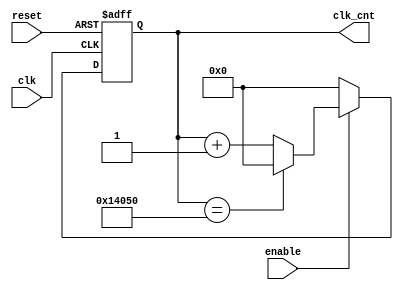
module ClockCounterGenerator_w1_64ms(clk, reset, enable, clk_cnt);
input wire clk, reset, enable;
output wire [16:0]clk_cnt;

reg [16:0]next_clk_cnt;

assign clk_cnt = next_clk_cnt;

always @ (posedge clk or posedge reset)
begin
	if (reset == 1'b1) begin
		next_clk_cnt <= 17'b0;
	end
	else begin
		if (enable == 1) begin
		  	next_clk_cnt <= clk_cnt + 17'd1;
			if (clk_cnt == 17'd82000) begin
			  next_clk_cnt <= 17'd0;
			end
		end
		else begin
			next_clk_cnt <= 17'd0;
		end
	end
end
endmodule